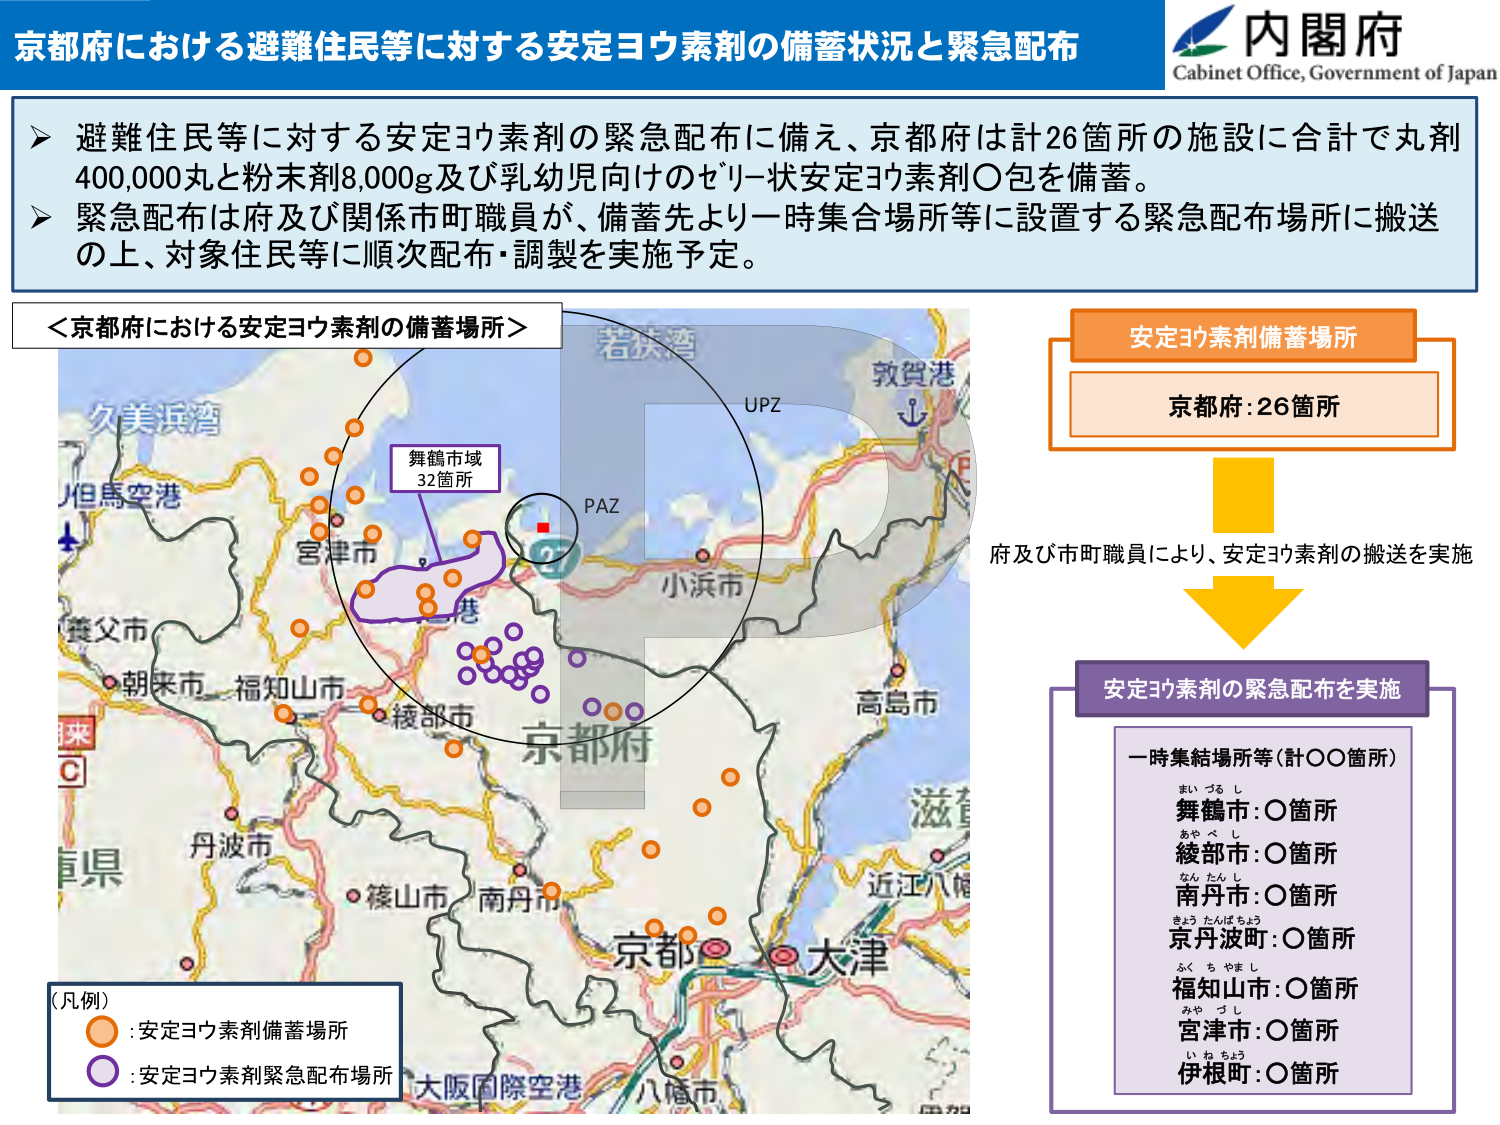
京都府における避難住民等に対する安定ヨウ素剤の備蓄状況と緊急配布

内閣府
Cabinet Office, Government of Japan

➤ 避難住民等に対する安定ヨウ素剤の緊急配布に備え、京都府は計26箇所の施設に合計で丸剤400,000丸と粉末剤8,000g及び乳幼児向けのゼリー状安定ヨウ素剤〇包を備蓄。
➤ 緊急配布は府及び関係市町職員が、備蓄先より一時集合場所等に設置する緊急配布場所に搬送の上、対象住民等に順次配布・調製を実施予定。

＜京都府における安定ヨウ素剤の備蓄場所＞

久美浜湾
但馬空港
養父市
朝来市
福知山市
綾部市
丹波市
篠山市
南丹市
京都府
大阪国際空港
八幡市
大津
滋賀
近江八幡
高島市
小浜市
敦賀港
若狭湾
UPZ
PAZ
舞鶴市域
32箇所

（凡例）
○ : 安定ヨウ素剤備蓄場所
● : 安定ヨウ素剤緊急配布場所

安定ヨウ素剤備蓄場所
京都府：26箇所

府及び市町職員により、安定ヨウ素剤の搬送を実施

安定ヨウ素剤の緊急配布を実施

一時集結場所等（計〇〇箇所）
まいづるし
舞鶴市：〇箇所
あやべし
綾部市：〇箇所
なんたんし
南丹市：〇箇所
きょうたんばちょう
京丹波町：〇箇所
ふくちやまし
福知山市：〇箇所
みやづし
宮津市：〇箇所
いねちょう
伊根町：〇箇所